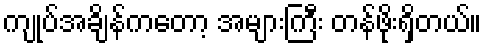
ကျုပ်အချိန်ကတော့ အများကြီး တန်ဖိုးရှိတယ်။